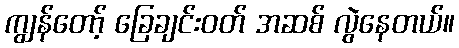
ကျွန်တော့် ခြေချင်းဝတ် အဆစ် လွဲနေတယ်။